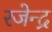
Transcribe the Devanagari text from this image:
रजेन्द्र